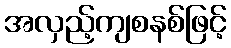
အလှည့်ကျစနစ်ဖြင့်